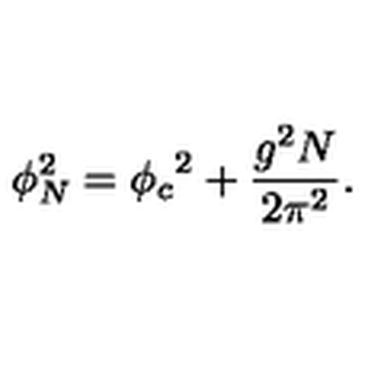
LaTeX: \phi _ { N } ^ { 2 } = { \phi _ { c } } ^ { 2 } + { \frac { g ^ { 2 } N } { 2 \pi ^ { 2 } } } .